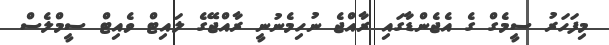
މިފަހަރު ސީމެގް ގެ އެޖެންޑާގައި ރާއްޖެ ނުހިމެނުނީ ރާއްޖޭގެ ލައިޓް ވެއިޓް ސީމްލެސް